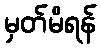
မှတ်မိရန်